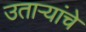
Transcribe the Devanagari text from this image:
उतार्‍यांचे